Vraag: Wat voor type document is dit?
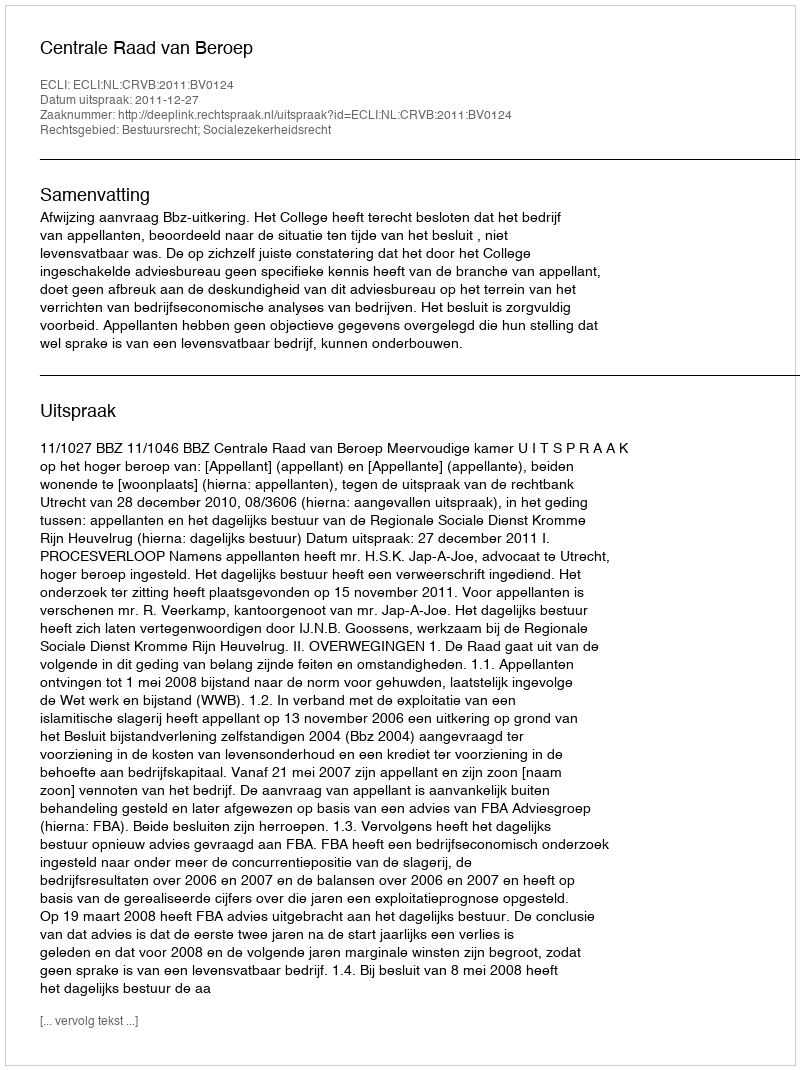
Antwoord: Uitspraak